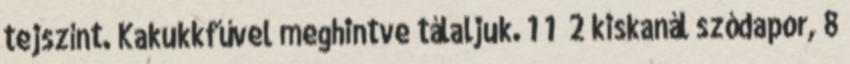
tejszínt. Kakukkfűvel meghintve tálaljuk. 1 1 2 kiskanál szódapor, 8